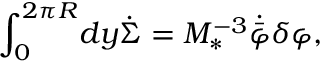
\int _ { 0 } ^ { 2 \pi R } \! d y \dot { \Sigma } = M _ { * } ^ { - 3 } \dot { \bar { \varphi } } \delta \varphi ,